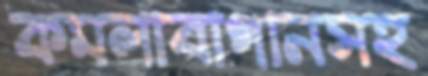
কমলাবাগানসহ